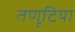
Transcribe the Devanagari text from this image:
तणूटिया